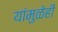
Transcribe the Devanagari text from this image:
यांमुळेही